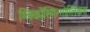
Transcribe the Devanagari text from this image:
ग्लिकोस्मिन्गोग्लिकंस